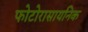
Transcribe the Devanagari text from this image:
फोटोरासायनिक